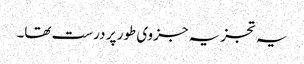
یہ تجزیہ جزوی طور پر درست تھا۔